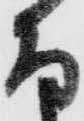
な